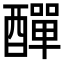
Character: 𨢿